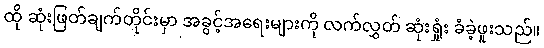
ထို ဆုံးဖြတ်ချက်တိုင်းမှာ အခွင့်အရေးများကို လက်လွှတ် ဆုံးရှုံး ခံခဲ့ဖူးသည်။